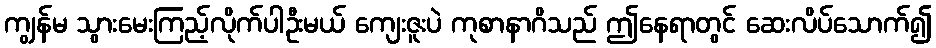
ကျွန်မ သွားမေးကြည့်လိုက်ပါဦးမယ် ကျေးဇူးပဲ ကုစာနာဂိသည် ဤနေရာတွင် ဆေးလိပ်သောက်၍